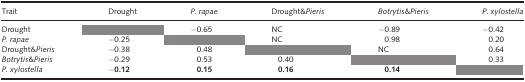
<table><thead><tr><td><b>Trait</b></td><td><b>Drought</b></td><td><b><i>P. rapae</i></b></td><td><b>Drought&amp;<i>Pieris</i></b></td><td><b><i>Botrytis</i>&amp;<i>Pieris</i></b></td><td><b><i>P. xylostella</i></b></td></tr></thead><tbody><tr><td>Drought</td><td></td><td>−0.65</td><td>NC</td><td>−0.89</td><td>−0.42</td></tr><tr><td><i>P. rapae</i></td><td>−0.25</td><td></td><td>NC</td><td>0.98</td><td>0.20</td></tr><tr><td>Drought&amp;<i>Pieris</i></td><td>−0.38</td><td>0.48</td><td></td><td>NC</td><td>0.64</td></tr><tr><td><i>Botrytis</i>&amp;<i>Pieris</i></td><td>−0.29</td><td>0.53</td><td>0.40</td><td></td><td>0.33</td></tr><tr><td><i>P. xylostella</i></td><td><b>−0.12</b></td><td><b>0.15</b></td><td><b>0.16</b></td><td><b>0.14</b></td><td></td></tr></tbody></table>